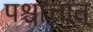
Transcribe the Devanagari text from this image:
पश्चात्तात्‌